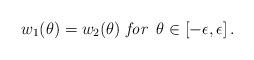
LaTeX: \begin{align*}w_1(\theta)=w_2(\theta) \,\, {\it for} \,\,\, \theta\in[-\epsilon,\epsilon]\,.\end{align*}